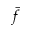
\bar { f }